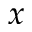
\boldsymbol { x }